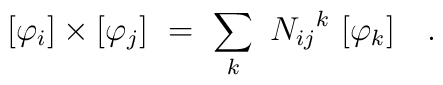
[\varphi_i] \times [\varphi_j] \ = \ \sum_k \ {N_{ij}}^k \ [\varphi_k] \quad .